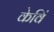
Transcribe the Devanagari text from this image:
केविं